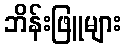
ဘိန်းဖြူများ